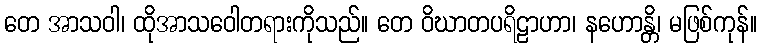
တေ အာသဝါ၊ ထိုအာသဝေါတရားကိုသည်။ တေ ဝိဃာတပရိဠာဟာ၊ နဟောန္တိ၊ မဖြစ်ကုန်။